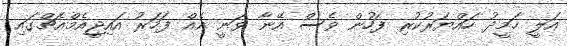
އަލީ ހަމީދު ހައްޔަރުކުރި ފަހުން ވެސް އޭނާ ވަނީ އެއް ފަހަރު އައިޖީއެމްއެޗްގައި